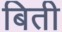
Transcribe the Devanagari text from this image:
बिती